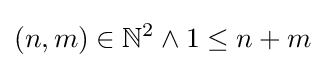
(n,m)\in \mathbb {N} ^{2}\land 1\leq n+m